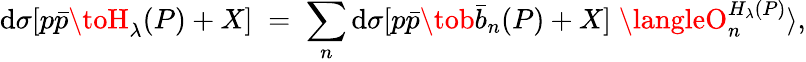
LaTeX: \mathrm{d}\sigma[p\bar{{p}}\toH_{\lambda}(P)+X]\; =\; \sum_{n}\mathrm{d}\sigma[p\bar{{p}}\tob\bar{{b}}_{n}(P)+X]\; \langleO_{n}^{H_{\lambda}(P)}\rangle,